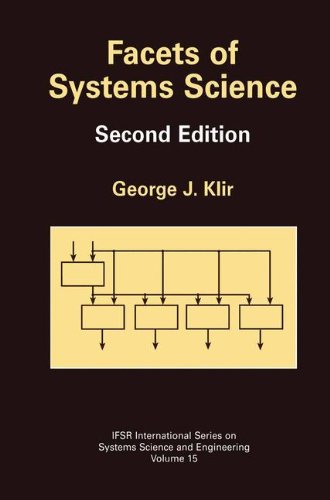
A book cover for Facets of Systems Science (IFSR International Series on Systems Science and Engineering); George Klir; Computers & Technology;